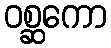
ဝစ္ဆကော